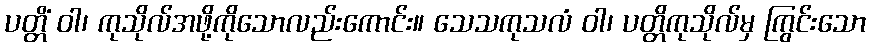
ပတ္တိံ ဝါ၊ ကုသိုလ်အဖို့ကိုသောလည်းကောင်း။ သေသကုသလံ ဝါ၊ ပတ္တိကုသိုလ်မှ ကြွင်းသော